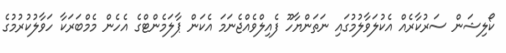
ކޯލިޝަން ސަރުކާރެއް އެކުލަވާލުމުގައި ނަތަންޔާހޫ ފެއިލްވެއްޖެނަމަ އެކަން ޕާލަމެންޓްގެ އެހެން މެމްބަރަކާ ހަވާލުކުރުމުގެ